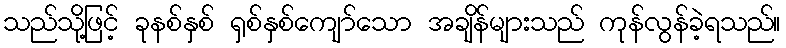
သည်သို့ဖြင့် ခုနစ်နှစ် ရှစ်နှစ်ကျော်သော အချိန်များသည် ကုန်လွန်ခဲ့ရသည်။